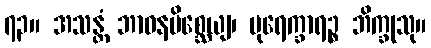
၇၃။ အသန္တံ ဘာဝနမိစ္ဆေယျ၊ ပုရေက္ခာရဉ္စ ဘိက္ခုသု။